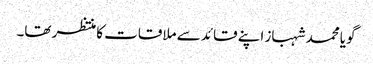
گویا محمد شہباز اپنے قائد سے ملاقات کا منتظر تھا۔